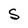
Character: S